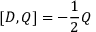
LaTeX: [ D , Q ] = - { \frac { 1 } { 2 } } Q